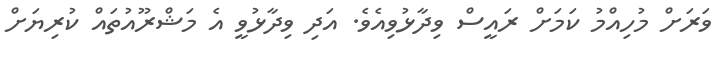
ވަރަށް މުހިއްމު ކަމަށް ރައީސް ވިދާޅުވިއެވެ. އަދި ވިދާޅުވީ އެ މަޝްރޫއުތައް ކުރިޔަށް